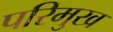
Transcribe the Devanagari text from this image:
परिमुख